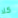
كلا